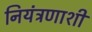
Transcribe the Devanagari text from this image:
नियंत्रणाशी